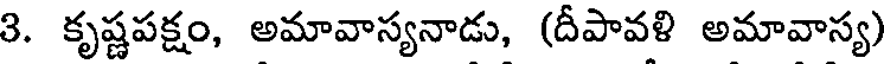
3. కృష్ణపక్షం, అమావాస్యనాడు, (దీపావళి అమావాస్య)